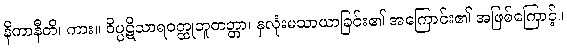
နိကာနီတိ၊ ကား။ ဝိပ္ပဋိသာရဝတ္ထုဘူတတ္တာ၊ နှလုံးမသာယာခြင်း၏ အကြောင်း၏ အဖြစ်ကြောင့်။